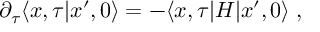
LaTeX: \partial _ { \tau } \langle x , \tau \vert x ^ { \prime } , 0 \rangle = - \langle x , \tau \vert H \vert x ^ { \prime } , 0 \rangle \; ,